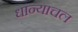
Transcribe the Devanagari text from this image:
धान्याचल